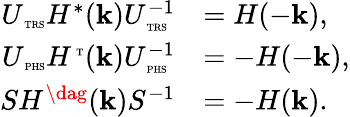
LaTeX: \begin{array}{rl}{U_{\mathrm{\tiny~TRS}}H^{*}(\textbf{k})U_{\mathrm{\tiny~TRS}}^{-1}}&{=H(-\textbf{k}),}\\ {U_{\mathrm{\tiny~PHS}}H^{\mathrm{\tiny~T}}(\textbf{k})U_{\mathrm{\tiny~PHS}}^{-1}}&{=-H(-\textbf{k}),}\\ {SH^{\dag}(\textbf{k})S^{-1}}&{=-H(\textbf{k}).}\end{array}